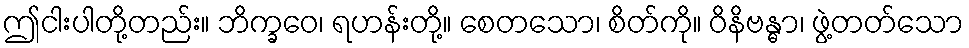
ဤငါးပါတို့တည်း။ ဘိက္ခဝေ၊ ရဟန်းတို့။ စေတသော၊ စိတ်ကို။ ဝိနိဗန္ဓာ၊ ဖွဲ့တတ်သော